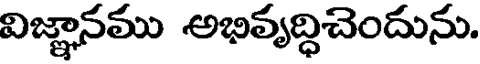
విజ్ఞానము అభివృద్ధిచెందును.